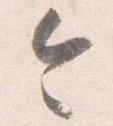
令